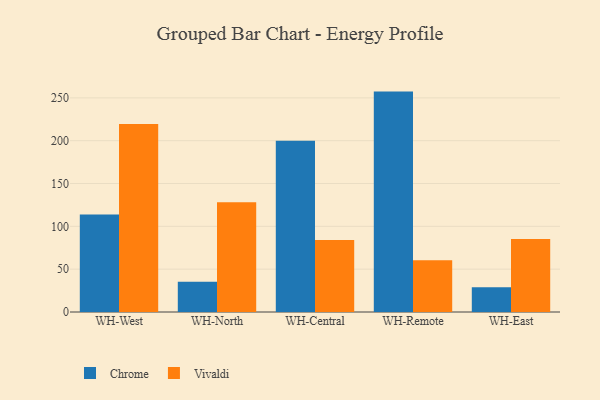
{"axis": {"x": "Warehouse", "y": "Shipments"}, "legend": ["Chrome", "Vivaldi"], "data": [{"x": "WH-West", "y": 113.8, "type": "Chrome"}, {"x": "WH-West", "y": 219.6, "type": "Vivaldi"}, {"x": "WH-North", "y": 35.4, "type": "Chrome"}, {"x": "WH-North", "y": 128.2, "type": "Vivaldi"}, {"x": "WH-Central", "y": 200.0, "type": "Chrome"}, {"x": "WH-Central", "y": 84.2, "type": "Vivaldi"}, {"x": "WH-Remote", "y": 257.3, "type": "Chrome"}, {"x": "WH-Remote", "y": 60.5, "type": "Vivaldi"}, {"x": "WH-East", "y": 28.8, "type": "Chrome"}, {"x": "WH-East", "y": 85.2, "type": "Vivaldi"}]}